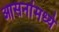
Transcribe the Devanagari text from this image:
आसनांमध्ये